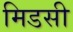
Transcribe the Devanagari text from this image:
मिडसी